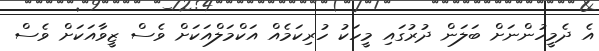
އެ ދެމީހުންނަށް ބަލަން ދުރުގައި މީހަކު ހުރިކަމެއް އަކްމަލްއަކަށް ވެސް ޒީވާއަކަށް ވެސް